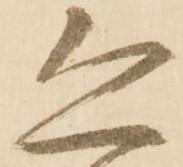
恐